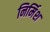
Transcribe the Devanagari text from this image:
निर्मिश